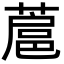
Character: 蔰